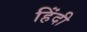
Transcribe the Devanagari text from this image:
हिंंदी